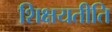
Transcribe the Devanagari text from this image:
शिक्षयतीति